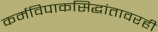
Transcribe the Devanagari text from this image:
कर्मविपाकसिद्धांतावरही